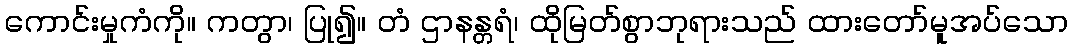
ကောင်းမှုကံကို။ ကတွာ၊ ပြု၍။ တံ ဌာနန္တရံ၊ ထိုမြတ်စွာဘုရားသည် ထားတော်မူအပ်သော